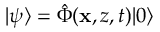
| \psi \rangle = \hat { \Phi } ( \mathbf { x } , z , t ) | 0 \rangle